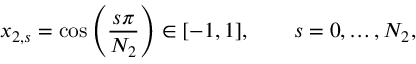
x _ { 2 , s } = \cos \left( \frac { s \pi } { N _ { 2 } } \right) \in [ - 1 , 1 ] , \qquad s = 0 , \ldots , N _ { 2 } ,